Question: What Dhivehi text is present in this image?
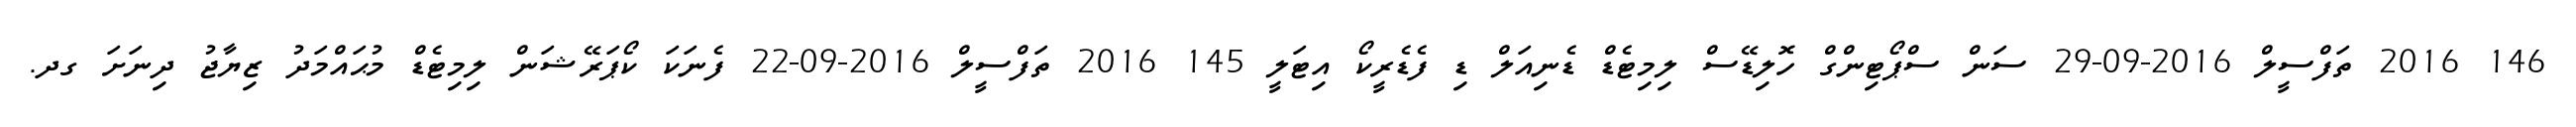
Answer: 146 2016 ތަފްސީލް 2016-09-29 ސަން ސްޕޯޓިންގް ހޮލިޑޭސް ލިމިޓެޑް ޑެނިއަލް ޑި ފެޑެރީކޯ އިޓަލީ 145 2016 ތަފްސީލް 2016-09-22 ފެނަކަ ކޯޕަރޭޝަން ލިމިޓެޑް މުޙައްމަދު ޒިޔާޖު ދިނަށަ ގދ.